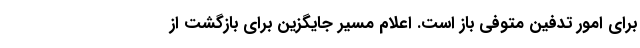
برای امور تدفین متوفی باز است. اعلام مسیر جایگزین برای بازگشت از